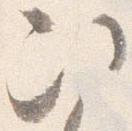
次